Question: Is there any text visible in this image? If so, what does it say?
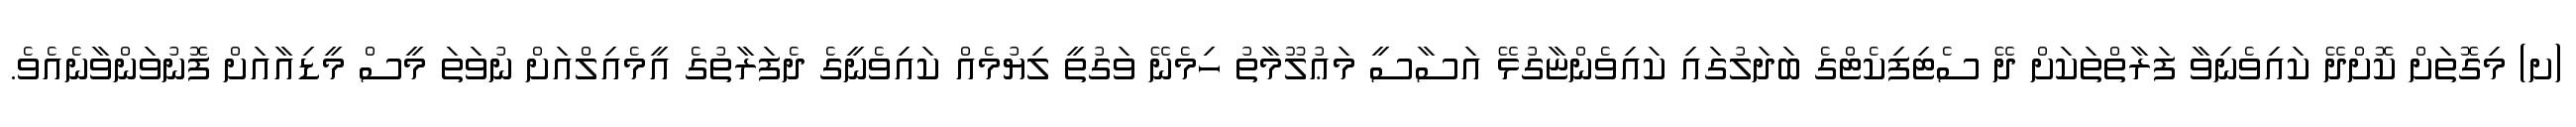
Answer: (ށ) މިގޮތަށް ކޮށްދޭ ކައިވެނިވާ ފަރާތްތަކަށް ދޭ ސެޓިފިކެޓްގެ ބަދަލުގައި ކައިވެންޏާގުޅޭ އަސާސީ މަޢުލޫމާތު ހިމެނޭ ވަގުތީ ލިޔުމެއް ކައިވެނީގެ ދެފަރާތުގެ އީމެއިލްއަށް ނުވަތަ މީސް މީޑިއާއަށް ފޮނުވަންވާނެއެވެ.